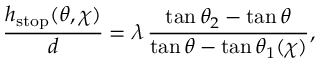
\frac { h _ { \mathrm { { s t o p } } } ( \theta , \chi ) } { d } = \lambda \, \frac { \tan \theta _ { 2 } - \tan \theta } { \tan \theta - \tan \theta _ { 1 } ( \chi ) } ,